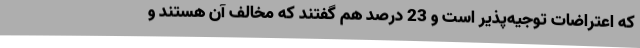
که اعتراضات توجیه‌پذیر است و 23 درصد هم گفتند که مخالف آن هستند و